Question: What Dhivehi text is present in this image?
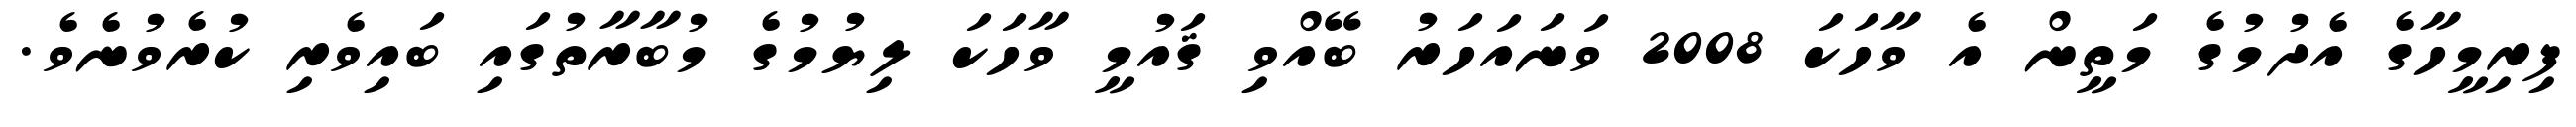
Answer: ފިރިމީހާގެ އެދުމުގެ މަތީން އެ ވާހަކަ 2008 ވަނައަހަރު ބޭއްވި ޤައުމީ ވާހަކަ ލިޔުމުގެ މުބާރާތުގައި ބައިވެރި ކުރެވުނެވެ.